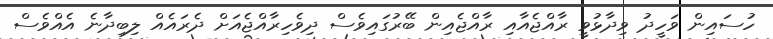
ހުސައިން ވަހީދު ވިދާޅުވީ ރާއްޖެއާއި ރާއްޖެއިން ބޭރުގައިވެސް ދިވެހިރާއްޖެއަށް ދެރައެއް ލިބިދާނެ އެއްވެސް